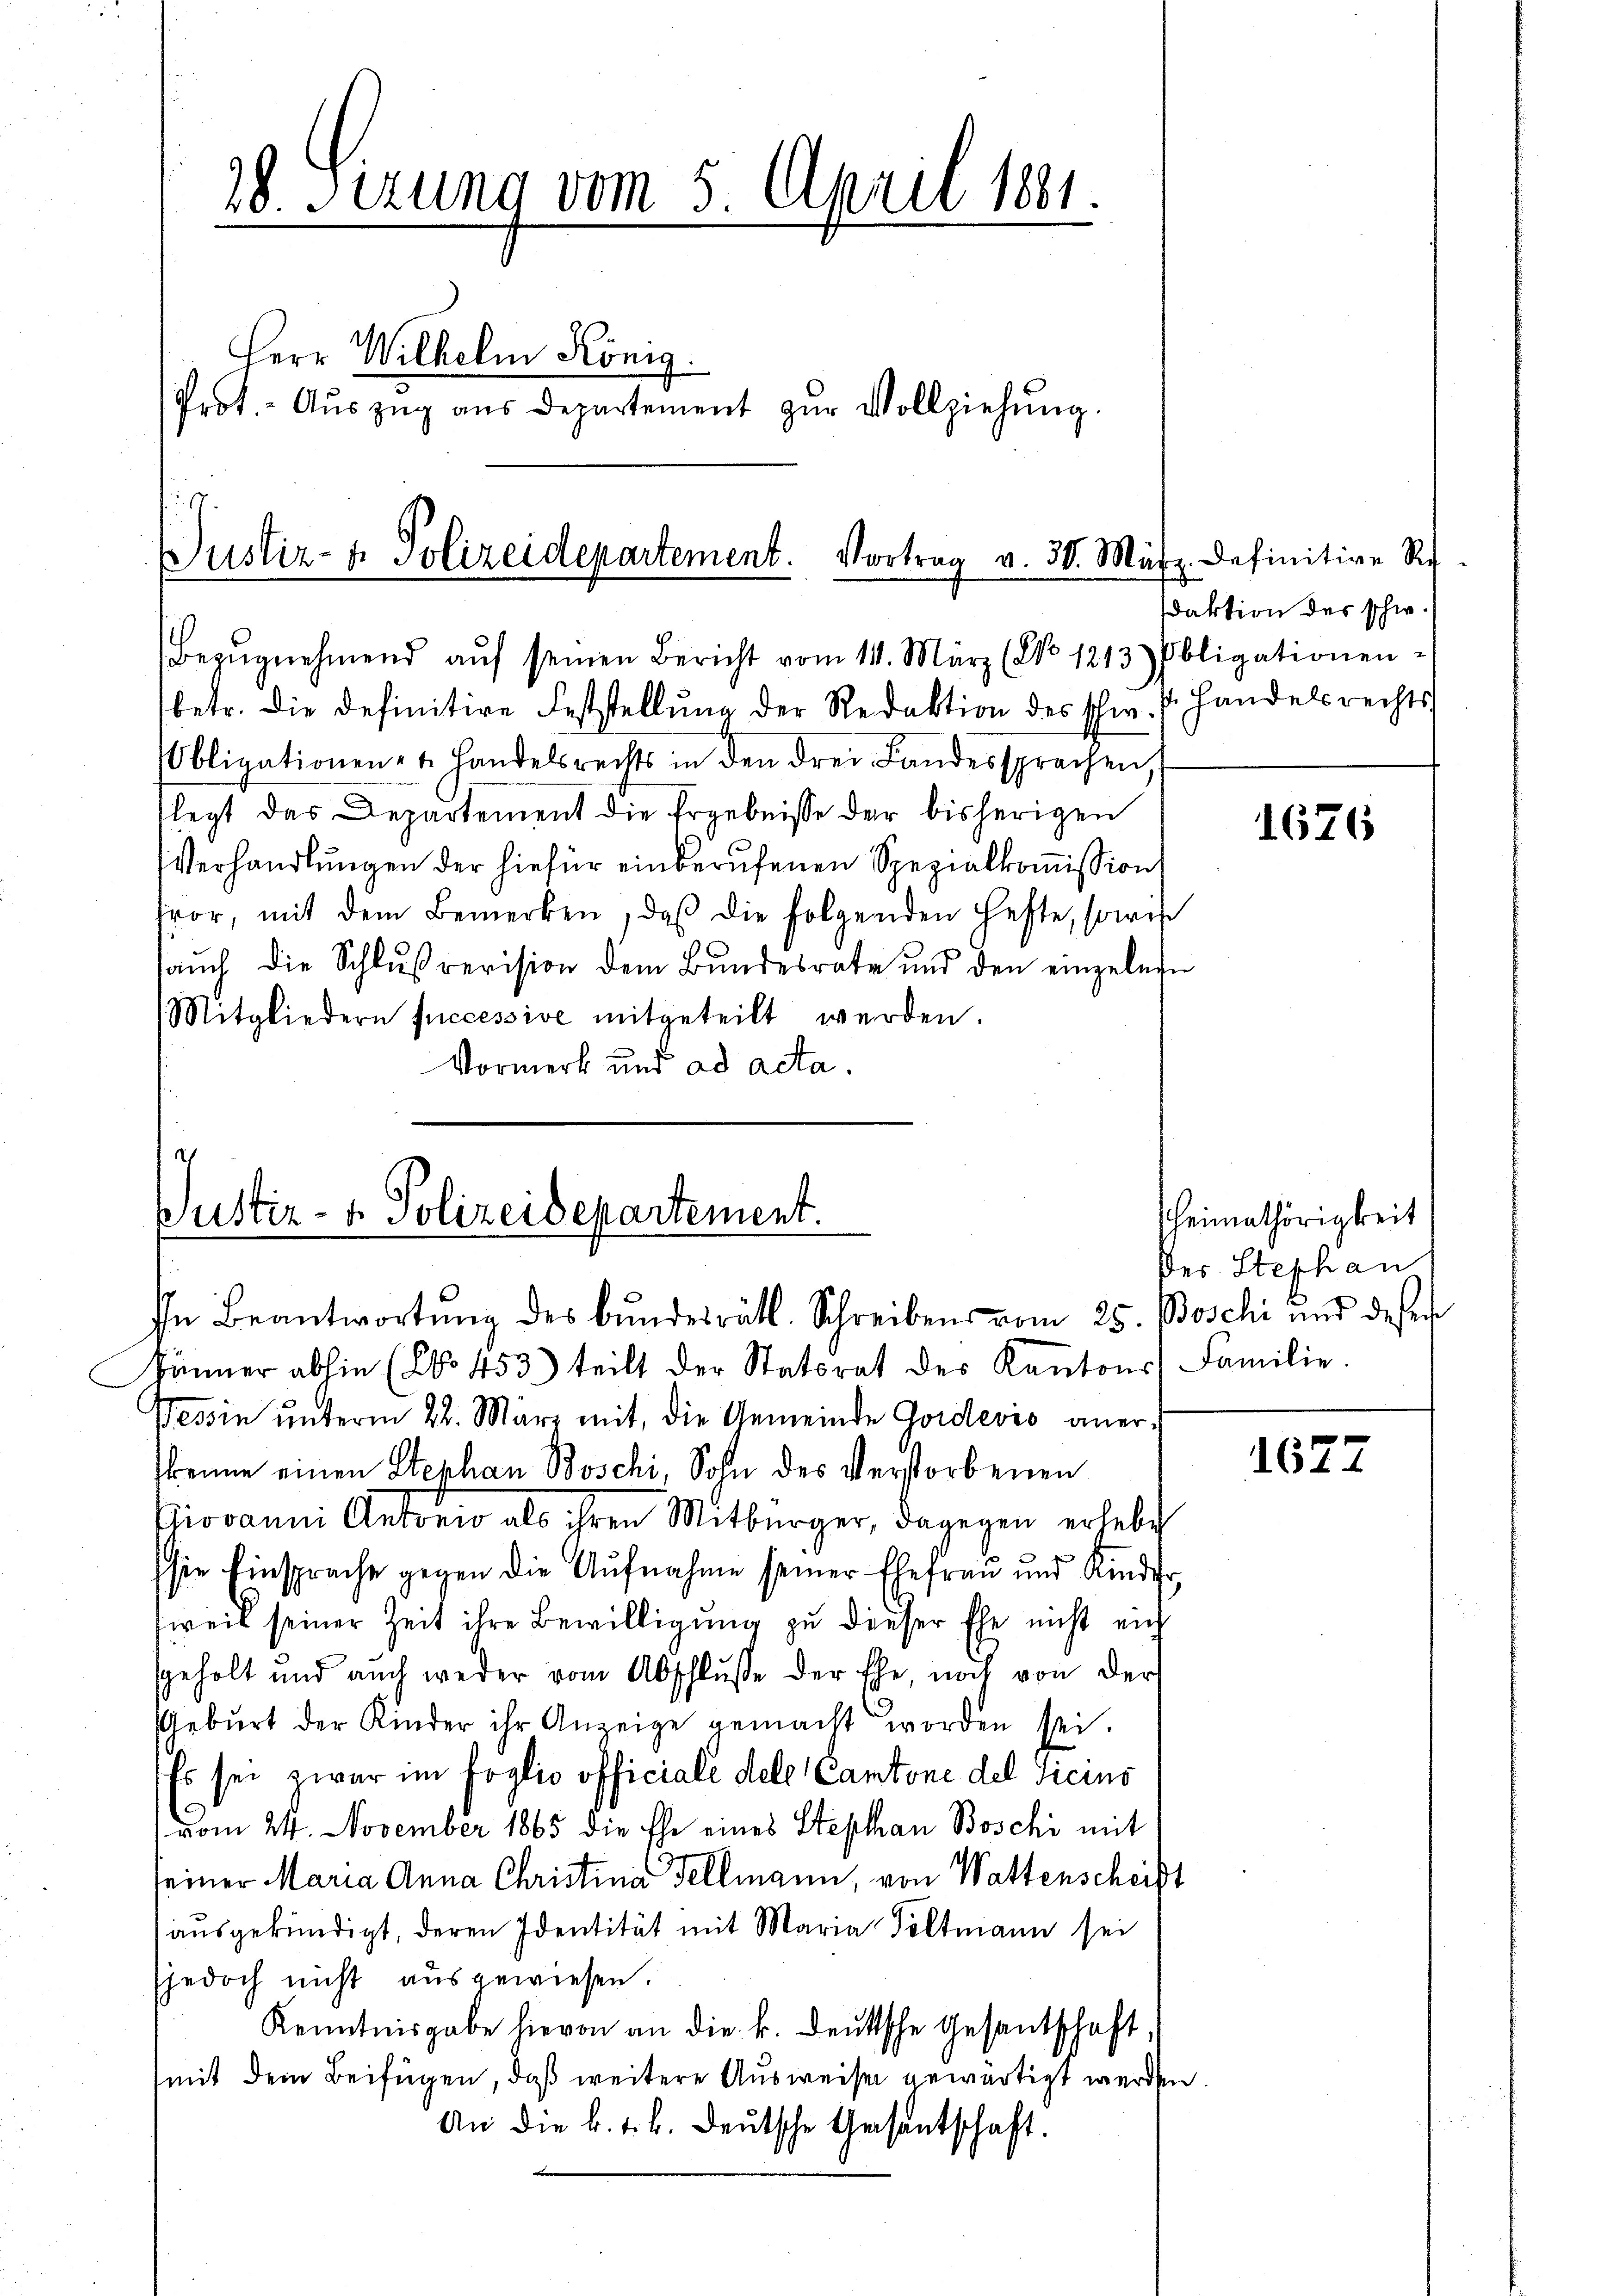
¬
28. Sizung vom 5. April 1881.
Herr Wilhelm König.
Prot.- Aŭszŭg aŭs Departement zŭr Vollziehŭng.

Justiz- & Polizeidepartement. Vortrag v. 30. März. Definitive Re
Bezŭgnehmend aŭf seinen Bericht vom 14. März (No 1213) Obligationen-

betr. die definitive Feststellŭng der Redaktion des schw. P. Handelsrechts
Obligationen- u. Handelsrechts in den drei Landersprechen
flegt das Departement die Ergebnisse der bisherigen
Verhandlungen der hiefür einberufenen Spezialkoṁission
tvor, mit dem Bemerken, daß die folgenden Hefte, sowie
aŭch die Schlußrevision dem Bundesrate und den einzelege
Mitgliedern successive mitgeteilt werden.
Vormerk und ad acta.

Justiz- & Polizeidepartement.

känner abhin (No. 453) teilt der Statorat der Kantons Familie.
Tessin ŭnterm 22. März mit, die Gemeinde Goidević anerkenne einen Stephan Boschi, Sohn des Verstorbenen
Piovanni Antonio als ihren Mitbürger, dagegen erhebe
sie Einsprache gegen die Aŭfnahme seiner Ehefrau und Kinder,
weil seiner Zeit ihre Bewilligung zu dieser Ehe nicht eich
sgeholt und auch weder vom Abschlŭsse der Ehe, noch von der
Gebŭrt der Kinder ihr Anzeige gemacht worden sei.
Es sei zwar im foglio officiale dele Cantone del Ticins
vom 24. November 1865 die Ehe eines Stephan Boschi mit
seiner Maria Anna Christina Fellmann, von Wattenscheibt
aŭsgekündigt, deren Identität mit Maria Poltmann sei
sjedoch nicht ausgewiesen.
Kenntnisgabe hievon an die k. deutsche Gesantschaft,
mit dem Beifügen, daß weitere Ausweise gewärtigt werden
An die k. k. k. deutsche Gesentschaft.

In Beantwortŭng des Bŭndesrätl. Schreiben vom 25. Boschi und deser

sdaktion des schw.

1626

heimathörigkeit
Der Stephan

1627